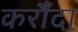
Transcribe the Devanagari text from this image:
करौँदा